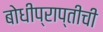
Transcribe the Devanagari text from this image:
बोधीप्राप्तीची